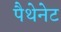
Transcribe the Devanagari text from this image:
पैथेनेट